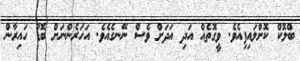
ބްލޮކް ކޮށްލައިފިއެވެ. ވީގޮތެއް އަދި އަދަށް ވެސް ނޭނގެއެވެެ. އަހަރެންނަށް ބޮޑު ހައިރާން